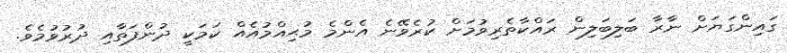
ގައިންގަޔަށް ނާރާ ބަލިބަލިން ރައްކާތެރިވުމަށް ކުރެވޭނެ އެންމެ މުޙިއްމުއެއް ކަމަކީ ދުންފަތާއި ދުރުވުމެވެ.